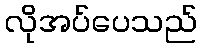
လိုအပ်ပေသည်